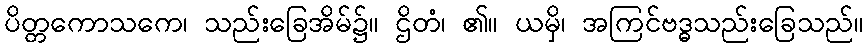
ပိတ္တကောသကေ၊ သည်းခြေအိမ်၌။ ဌိတံ၊ ၏။ ယမှိ၊ အကြင်ဗဒ္ဓသည်းခြေသည်။